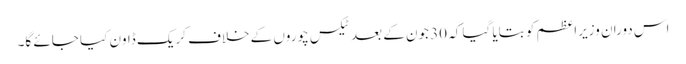
اس دوران وزیراعظم کو بتایا گیا کہ 30 جون کے بعد ٹیکس چوروں کے خلاف کریک ڈاون کیا جائے گا۔